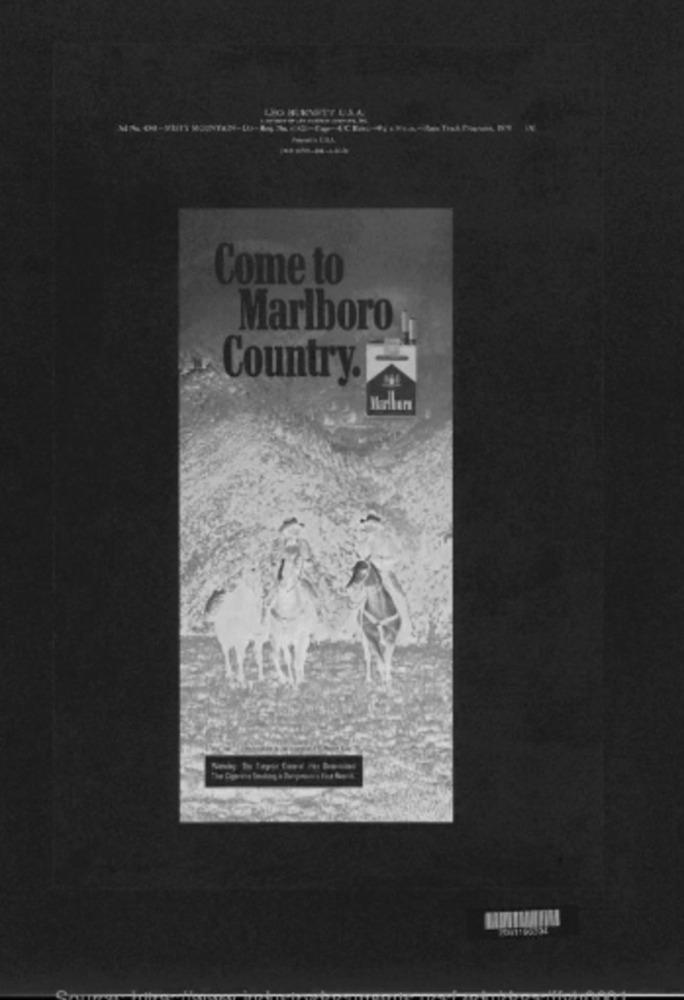
Come to
Marlboro
Country.